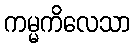
ကမ္မကိလေသာ